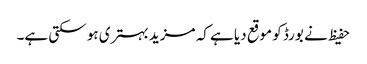
حفیظ نے بورڈ کو موقع دیا ہے کہ مزید بہتری ہو سکتی ہے۔